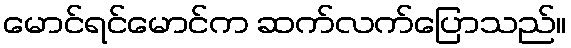
မောင်ရင်မောင်က ဆက်လက်ပြောသည်။